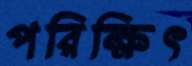
পরিক্ষিৎ